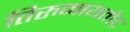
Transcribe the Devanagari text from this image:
तिरुनायतोट